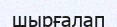
шырғалап